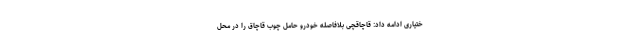
ختیاری ادامه داد: قاچاقچی بلافاصله خودرو حامل چوب قاچاق را در محل